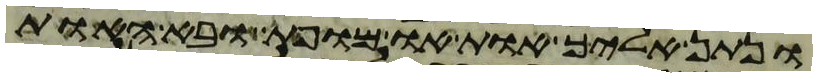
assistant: ונתן אליך אות או מופת ובא האות